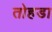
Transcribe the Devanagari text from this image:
तोहडा